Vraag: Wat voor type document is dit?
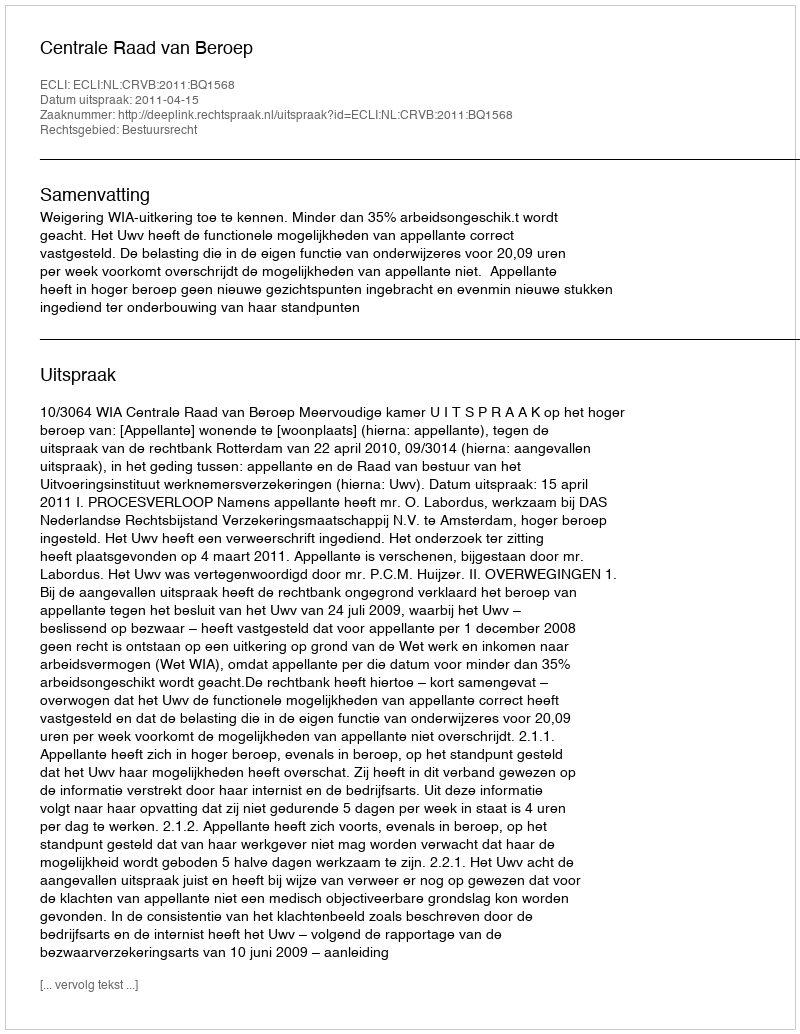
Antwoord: Uitspraak